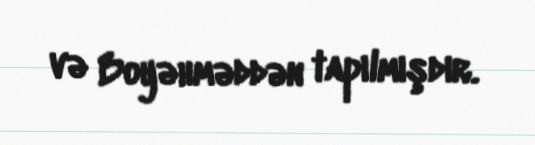
və Boyəhməddən tapılmışdır.